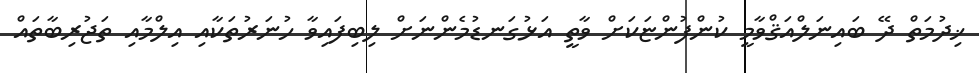
ޚިދުމަތް ދޭ ބައިނަލްއަޤްވާމީ ކުންފުންޏަކަށް ވާތީ އަޅުގަނޑުމެންނަށް ލިބިފައިވާ ހުނަރުތަކާއި އިލްމާއި ތަޖުރިބާތައް